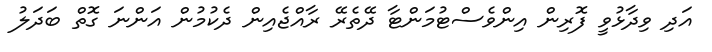
އަދި ވިދާޅުވީ ފޮރިން އިންވެސްޓުމަންޓާ ދޭތެރޭ ރާއްޖެއިން ދެކުމުން އަންނަ ގޮތް ބަދަލު